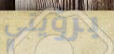
برؤيتي